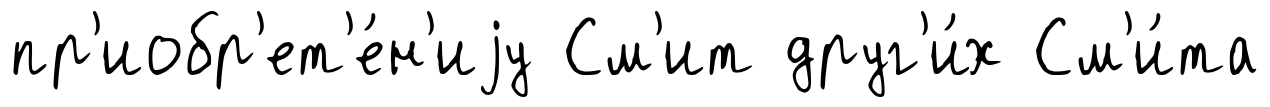
пр'иобр'ет'е́н'иjу См'ит друг'и́х См'и́та